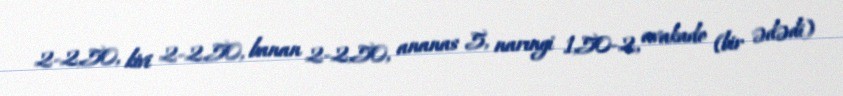
2-2,50, kivi 2-2,50, banan 2-2,50, ananas 5, narıngi 1,50-2, avakado (bir ədədi)